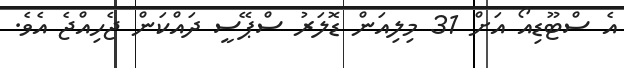
އެ ސްޓޫޑިއޯ އަށް 31 މިިލިއަން ޑޮލަރު ސްޕޭސީ ދައްކަން ޖެހިއްޖެ އެވެ.